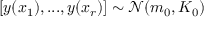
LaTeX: [ y ( x _ { 1 } ) , . . . , y ( x _ { r } ) ] \sim { \mathcal { N } } ( m _ { 0 } , K _ { 0 } )